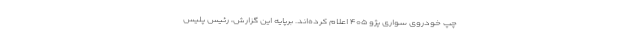
چپ خودروی سواری پژو ۴۰۵ اعلام کرده‌اند. برپایه این گزارش، رئیس پلیس